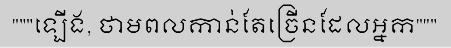
"""ឡើង, ថាមពលកាន់តែច្រើនដែលអ្នក"""